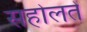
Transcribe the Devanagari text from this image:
सहोलतें